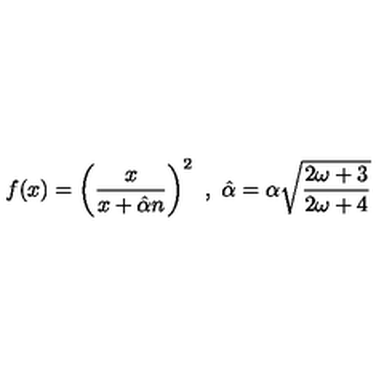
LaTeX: f ( x ) = \left( \frac { x } { x + \hat { \alpha } n } \right) ^ { 2 } \ , \ \hat { \alpha } = \alpha \sqrt { \frac { 2 \omega + 3 } { 2 \omega + 4 } }